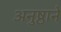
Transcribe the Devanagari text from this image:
अनुष्ठाने